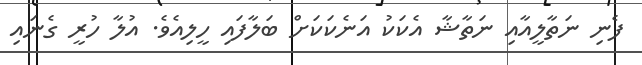
ފެނި ނަތާލީއާއި ނަތާޝާ އެކަކު އަނެކަކަށް ބަލާފައި ހީލިއެވެ. އުލާ ހުރީ ގެނައި